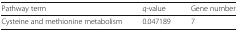
| Pathway term | q-value | Gene number |
 | --- | --- | --- |
 | Cysteine and methionine metabolism | 0.047189 | 7 |